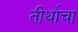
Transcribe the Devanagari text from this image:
तीर्थाचा